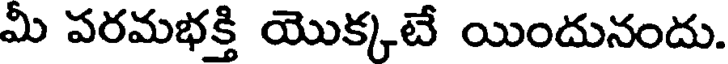
మీ పరమభక్తి యొక్కటే యిందునందు.